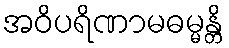
အဝိပရိဏာမဓမ္မန္တိ